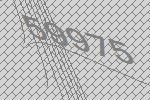
59975